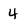
Character: 4